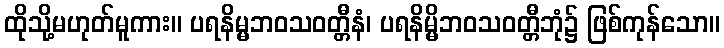
ထိုသို့မဟုတ်မူကား။ ပရနိမ္မဘဝသဝတ္တီနံ၊ ပရနိမ္မိဘဝသဝတ္တီဘုံ၌ ဖြစ်ကုန်သော။